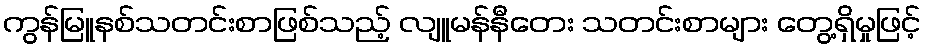
ကွန်မြူနစ်သတင်းစာဖြစ်သည့် လျူမန်နီတေး သတင်းစာများ တွေ့ရှိမှုဖြင့်